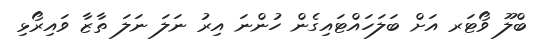
ބްލޫ ވޯޓަރ އަށް ބަލަހައްޓައިގެން ހުންނަ އިރު ނަލަ ނަލަ ތާޒާ ވައިރޯޅި